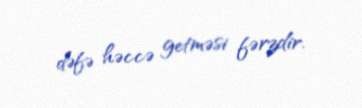
dəfə həccə getməsi fərzdir.